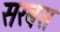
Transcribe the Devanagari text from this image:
सरबस